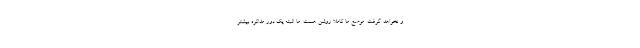
و نخواهد گرفت. موضع ما کاملا روشن هست. ما البته یک دور مذاکره بیشتر